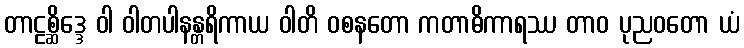
တာဠစ္ဆိဒ္ဒေ ဝါ ဝါတပါနန္တရိကာယ ဝါတိ ဝစနတော ကတာဓိကာရဿ တာဝ ပုညဝတော ယံ